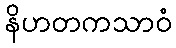
နိဟတကသာဝံ